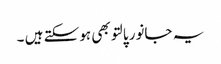
یہ جانور پالتو بھی ہوسکتے ہیں ۔